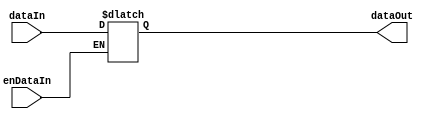
module enDataIn(dataOut, dataIn, enDataIn);

output reg [7:0] dataOut;
input wire [7:0] dataIn;
input wire enDataIn; 

always@(enDataIn)
begin
	if(enDataIn)
	begin
		dataOut <= dataIn;
	end
end

endmodule